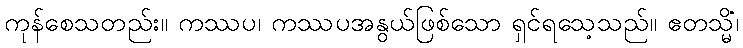
ကုန်စေသတည်း။ ကဿပ၊ ကဿပအနွယ်ဖြစ်သော ရှင်ရသေ့သည်။ ဧတသ္မိံ၊